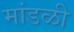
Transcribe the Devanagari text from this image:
मांडळी